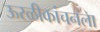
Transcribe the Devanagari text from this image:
ऊरळीकांचनला